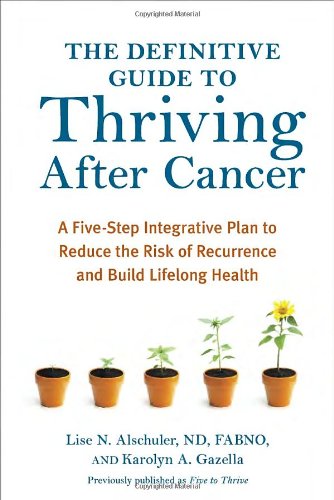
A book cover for The Definitive Guide to Thriving After Cancer: A Five-Step Integrative Plan to Reduce the Risk of Recurrence and Build Lifelong Health (Alternative Medicine Guides); Lise N. Alschuler; Health, Fitness & Dieting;